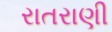
રાતરાણી